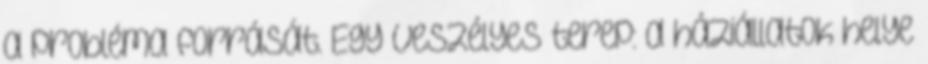
a probléma forrását. Egy veszélyes terep: a háziállatok helye